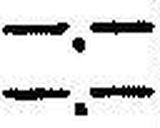
—.—